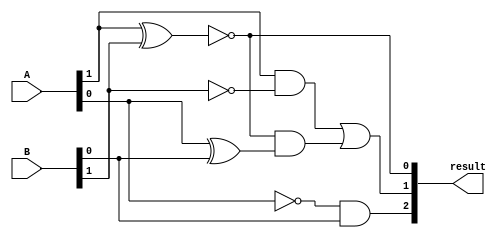
module comparator (
    input [1:0] A,
    input [1:0] B,
    output [2:0] result
);

assign result[0] = ~(A[1] ^ B[1]); // MSB comparison
assign result[1] = ((A[1] & ~B[1]) | (~(A[1] ^ B[1]) & (A[0] ^ B[0]))); // Equal or greater comparison
assign result[2] = (~A[0] & B[0]); // LSB comparison

endmodule